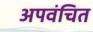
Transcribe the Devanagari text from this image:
अपवंचित